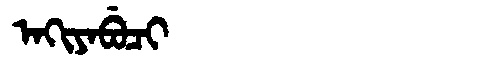
Manchu: ᠠᡴᡳᠶᠠᠪᡠᠴᡳ
Romanization: AKIYABUCI